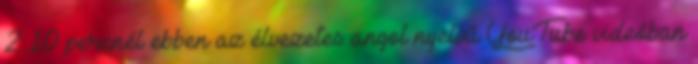
2:10 percnél ebben az élvezetes angol nyelvű YouTube videóban